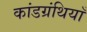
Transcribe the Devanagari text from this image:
कांडग्रंथियाँ